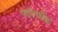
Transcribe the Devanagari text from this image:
फॉलबैक